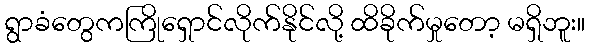
ရွာခံတွေကကြိုရှောင်လိုက်နိုင်လို့ ထိခိုက်မှုတော့ မရှိဘူး။